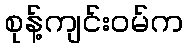
စုန့်ကျင်းဝမ်က